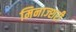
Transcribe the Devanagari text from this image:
मिनाज्शरी